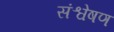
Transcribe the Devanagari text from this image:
संश्वेषण